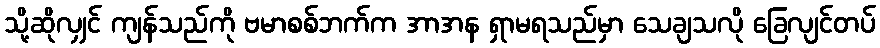
သို့ဆိုလျှင် ကျန်သည်ကို ဗမာစစ်ဘက်က အာအန ရှာမရသည်မှာ သေချသလို ခြေလျင်တပ်